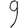
Digit: 9